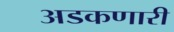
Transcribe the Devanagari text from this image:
अडकणारी